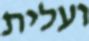
ועלית